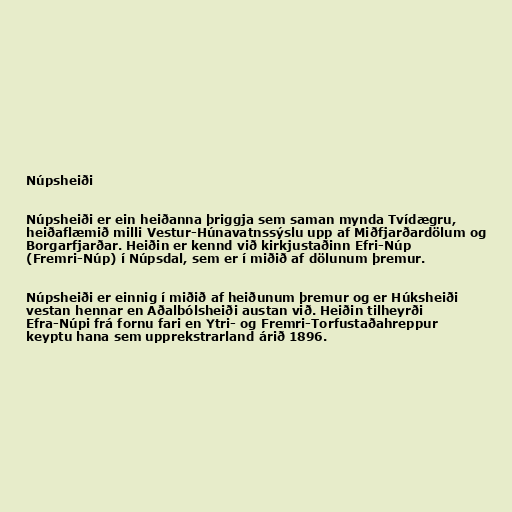
Núpsheiði

Núpsheiði er ein heiðanna þriggja sem saman mynda Tvídægru,
heiðaflæmið milli Vestur-Húnavatnssýslu upp af Miðfjarðardölum og
Borgarfjarðar. Heiðin er kennd við kirkjustaðinn Efri-Núp
(Fremri-Núp) í Núpsdal, sem er í miðið af dölunum þremur.

Núpsheiði er einnig í miðið af heiðunum þremur og er Húksheiði
vestan hennar en Aðalbólsheiði austan við. Heiðin tilheyrði
Efra-Núpi frá fornu fari en Ytri- og Fremri-Torfustaðahreppur
keyptu hana sem upprekstrarland árið 1896.